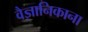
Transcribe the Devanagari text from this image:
वैज्ञानिकाना